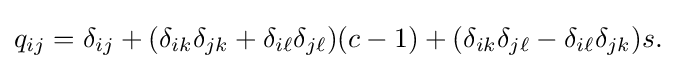
q_{ij}=\delta _{ij}+(\delta _{ik}\delta _{jk}+\delta _{i\ell }\delta _{j\ell })(c-1)+(\delta _{ik}\delta _{j\ell }-\delta _{i\ell }\delta _{jk})s.\,\!